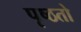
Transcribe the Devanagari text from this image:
पृष्ठतो